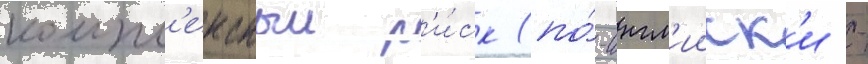
компл'ексныи р'и́ск (по́-англ'ииск'и -